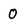
Character: 0